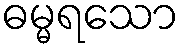
ဓမ္မရသော